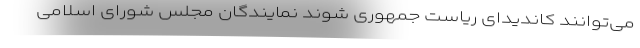
می‌توانند کاندیدای ریاست جمهوری شوند نمایندگان مجلس شورای اسلامی